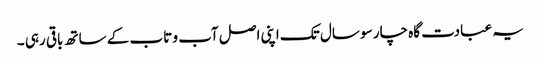
یہ عبادت گاہ چار سو سال تک اپنی اصل آب و تاب کے ساتھ باقی رہی ۔